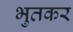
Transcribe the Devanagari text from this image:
भुतकर